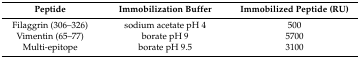
| Peptide | Immobilization Buffer | Immobilized Peptide (RU) |
 | --- | --- | --- |
 | Filaggrin (306–326) | sodium acetate pH 4 | 500 |
 | Vimentin (65–77) | borate pH 9 | 5700 |
 | Multi-epitope | borate pH 9.5 | 3100 |